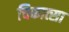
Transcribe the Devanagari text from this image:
चिकात्सा